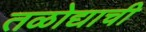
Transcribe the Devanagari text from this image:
तळोद्याची